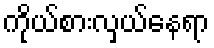
ကိုယ်စားလှယ်နေရာ